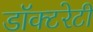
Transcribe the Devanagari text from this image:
डॉक्टरेटी